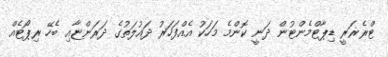
ޓްރެޜަރީ ޑިޕާޓްމެންޓުން ދަނީ ކޮންމެ މަހަކު އެއްފަހަރު ދައުލަތުގެ ދަރަންޏާއި ބެހޭ ރިޕޯޓެއް